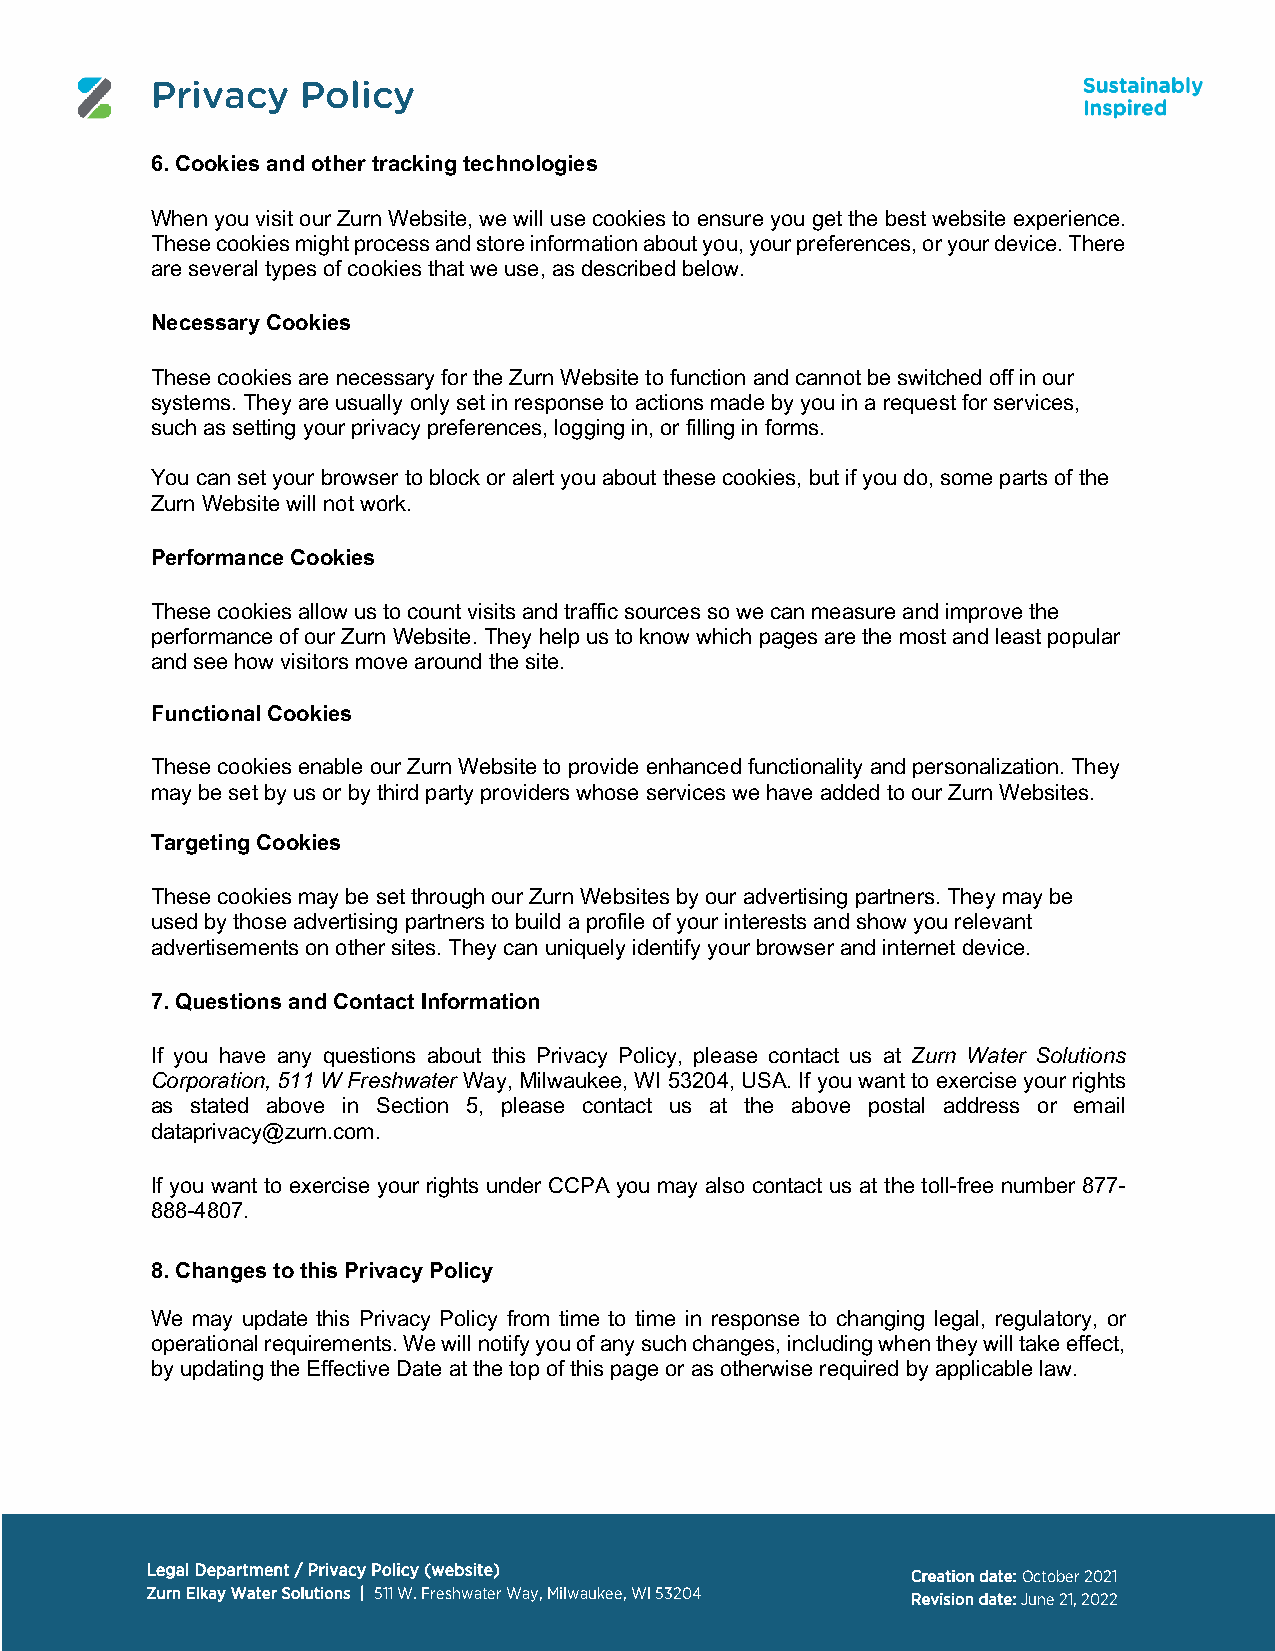
Privacy   Policy
 6. Cookies and other tracking technologies
 When you visit our Zurn Website, we will use cookies to ensure you get the best website experience.
 These cookies might process and store information about you, your preferences, or your device. There
 are several types of cookies that we use, as described below.
 Necessary Cookies
 These cookies are necessary for the Zurn Website to function and cannot be switched off in our
 systems. They are usually only set in response to actions made by you in a request for services,
 such as setting your privacy preferences, logging in, or filling in forms.
 You can set your browser to block or alert you about these cookies, but if you do, some parts of the
 Zurn Website will not work.
 Performance Cookies
 These cookies allow us to count visits and traffic sources so we can measure and improve the
 performance of our Zurn Website. They help us to know which pages are the most and least popular
 and see how visitors move around the site.
 Functional Cookies
 These cookies enable our Zurn Website to provide enhanced functionality and personalization. They
 may be set by us or by third party providers whose services we have added to our Zurn Websites.
 Targeting Cookies
 These cookies may be set through our Zurn Websites by our advertising partners. They may be
 used by those advertising partners to build a profile of your interests and show you relevant
 advertisements on other sites. They can uniquely identify your browser and internet device.
 7. Questions and Contact Information
 If you have any questions about this Privacy Policy, please contact us at Zurn Water Solutions
 Corporation, 511 W Freshwater Way, Milwaukee, WI 53204, USA. If you want to exercise your rights
 as stated above in Section 5, please contact us at the above postal address or email
 dataprivacy@zurn.com.
 If you want to exercise your rights under CCPA you may also contact us at the toll-free number 877-
 888-4807.
 8. Changes to this Privacy Policy
 We may update this Privacy Policy from time to time in response to changing legal, regulatory, or
 operational requirements. We will notify you of any such changes, including when they will take effect,
 by updating the Effective Date at the top of this page or as otherwise required by applicable law.
 Legal Department / Privacy Policy (website)
 Creation date: October 2021
 Zurn Elkay Water Solutions | 511 W. Freshwater Way, Milwaukee, WI 53204 Revision date: June 21, 2022